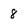
Character: 8